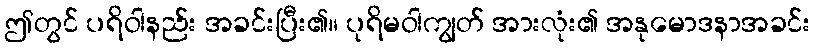
ဤတွင် ပရိဝါနည်း အခင်းပြီး၏။ ပုရိမဝါကျွတ် အားလုံး၏ အနုမောဒနာအခင်း